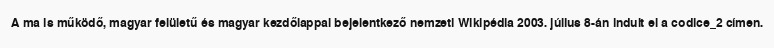
A ma is működő, magyar felületű és magyar kezdőlappal bejelentkező nemzeti Wikipédia 2003. július 8-án indult el a codice_2 címen.